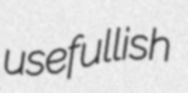
usefullish